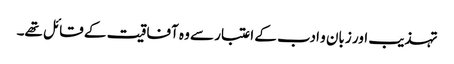
تہذیب اور زبان و ادب کے اعتبار سے وہ آفاقیت کے قائل تھے۔